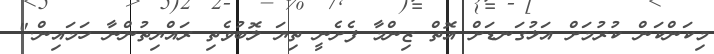
މިކަންކަން ކުރުމަށް އަޅުގަނޑަށް އޮތް ޒިންމާ ފެށެނީ ތިޔަ ލޮބުވެތި ރައްޔިތުންނާ ހަމައިން."